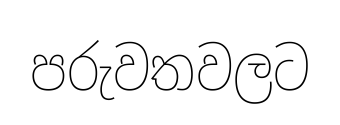
පරුවතවලට